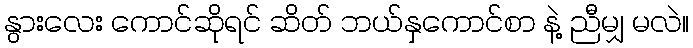
နွားလေး ကောင်ဆိုရင် ဆိတ် ဘယ်နှကောင်စာ နဲ့ ညီမျှ မလဲ။